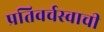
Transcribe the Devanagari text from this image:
प्रतिवर्चस्वाची